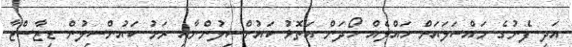
އަދި ފެނުގެ މައްސަލައަށް ހައްލެއް ހޯދަން އަތޮޅު ކައުންސިލުންނާއި ރަށު ކައުންސިލުން ޑިޒާސްޓާ